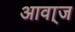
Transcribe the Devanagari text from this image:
आवा्ज